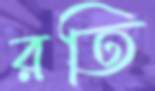
রতি